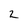
Character: 2